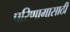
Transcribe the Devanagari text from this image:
परिणामासाठी